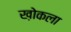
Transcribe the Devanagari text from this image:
ख़ोकला